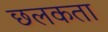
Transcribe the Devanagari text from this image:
छलकता